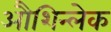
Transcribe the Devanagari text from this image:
औशिन्लेक